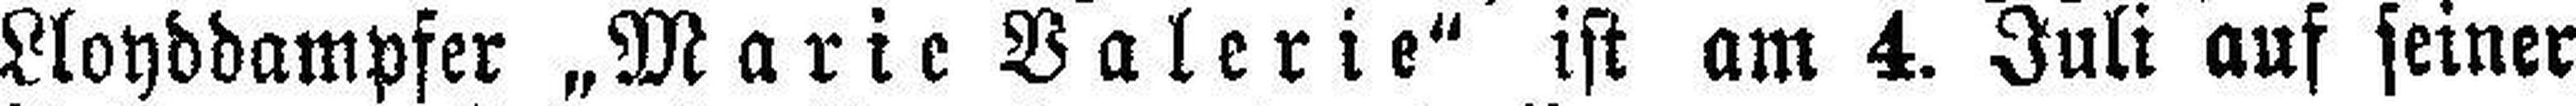
Lloyddampfer „Marie Valerie“ ist am 4. Juli auf seiner